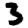
Digit: 3